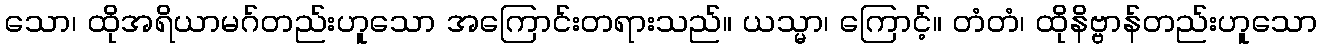
သော၊ ထိုအရိယာမဂ်တည်းဟူသော အကြောင်းတရားသည်။ ယသ္မာ၊ ကြောင့်။ တံတံ၊ ထိုနိဗ္ဗာန်တည်းဟူသော